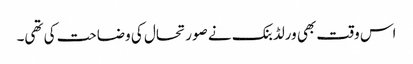
اس وقت بھی ورلڈبنک نے صورتحال کی وضاحت کی تھی۔